King Institute of Preventive Medicine Micro-Biological Section reports 1909-11
Year: 1909
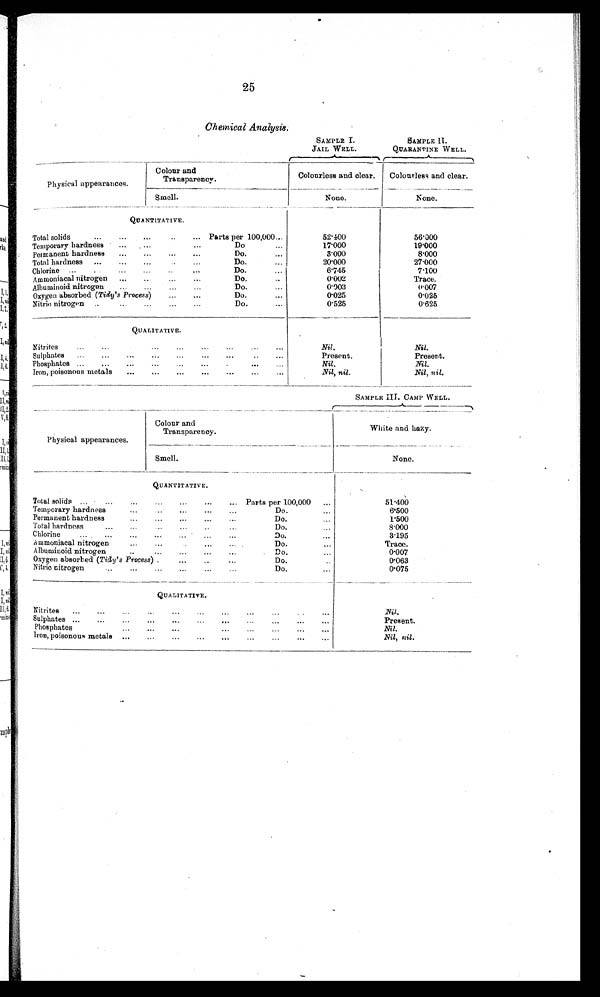
25
Chemical Analysis.
SAMPLE I
. JAIL WELL.
SAMPLE II .
QUARANTINE WELL.
Physical appearances.
Colour and
Transparency.
Colourless and clear.
Colourless and clear.
Smell.
None. None.
QUANTITATIVE.
Total solids
...
...
...
..
... Parts per 100,000..
5 2 . 4 0 0
56.000
Temporary hardness
...
...
...
D o .
1 7 . 0 0 0
19.000
Permant hardness
Do.
..
3.000
8.000
Total hardness ...
..
.
.. ..
Do.
...
20.000
27.000
Chlorine ...
...
..
.
..
.
. . .
Do.
...
6.745
7.100
Ammoniacal nitrogen
..
.
...
... ..
.
Do.
...
0.002
Trace.
Albuminoid nitrogen
..
.
..
.
...
Do.
...
0.003
0.007
Oxygen absorbed (Tidy's Process)
..
.
..
.
..
.
...
Do.
...
0.025
0.025
Nitric nitrogen ... ..
.
..
.
...
Do.
...
0.525
0.625
QUALITATIVE.
Ni trites
...
...
...
...
...
...
...
...
Nil.
Nil.
Sulphates
...
..
.
..
.
..
.
... ...
...
Present.
Present.
Phosphates ...
...
...
...
...
...
.
...
...
Nil.
Nil.
Iron, poisonous metals
...
..
.
... ... ... ..
.
...
Nil, nil.
Nil, nil.
SAMPLE III. CAMP WELL.
Physical appearances.
Colour and
Transparency.
White and hazy.
Smell.
None
.
QUANTITATIVE.
Total solids ... ... ... ...
...
...
...
... Parts per 100,000
51.400
Temporary hardness
...
...
...
...
...
Do.
...
6.500
Permanent hardness
...
...
...
,..
...
Do.
...
1.500
Total hardness
...
...
...
...
. . .
. . .
. .
Do.
...
8.000
Chlorine
...
...
. . .
...
...
...
Do.
...
3.195
Ammoniacal nitrogen
...
. . .
. . .
. . .
Do.
...
Trace.
Albuminoid nitrogen
... . . .
. . .
. . .
. . .
Do. ...
0.007
Oxygen absorbed ( Tidy's Process)
...
...
Do.
. . .
0.063
Nitric nitrogen
...
...
...
...
...
...
Do.
...
0.075
QUALITATIVE.
Nitrites
...
...
...
...
...
...
...
...
...
...
. . .
Nil.
Sulphates ...
...
...
...
...
...
...
...
...
. . .
Present
.
Ph osphates
...
...
...
...
...
...
...
...
Nil
.
Iron, poisonous metals ...
...
...
...
...
...
Nil, nil.